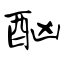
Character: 酗